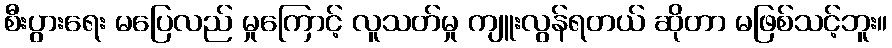
စီးပွားရေး မပြေလည် မှုကြောင့် လူသတ်မှု ကျူးလွန်ရတယ် ဆိုတာ မဖြစ်သင့်ဘူး။